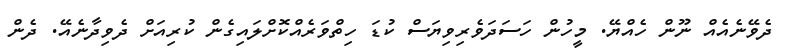
ދެވޭނެއެއް ނޫން ހެއްޔޭ. މީހުން ހަސަދަވެރިވިޔަސް ކުޑަ ހިތްވަރެއްކޮށްލައިގެން ކުރިއަށް ދެވިދާނެއޭ. ދެން